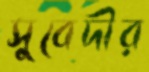
সুবেদীর